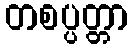
တစပ္ပတ္တာ